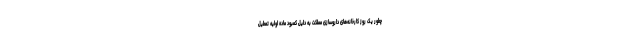
چطور یک روز کارخانه‌های داروسازی مملکت به دلیل کمبود ماده اولیه تعطیل